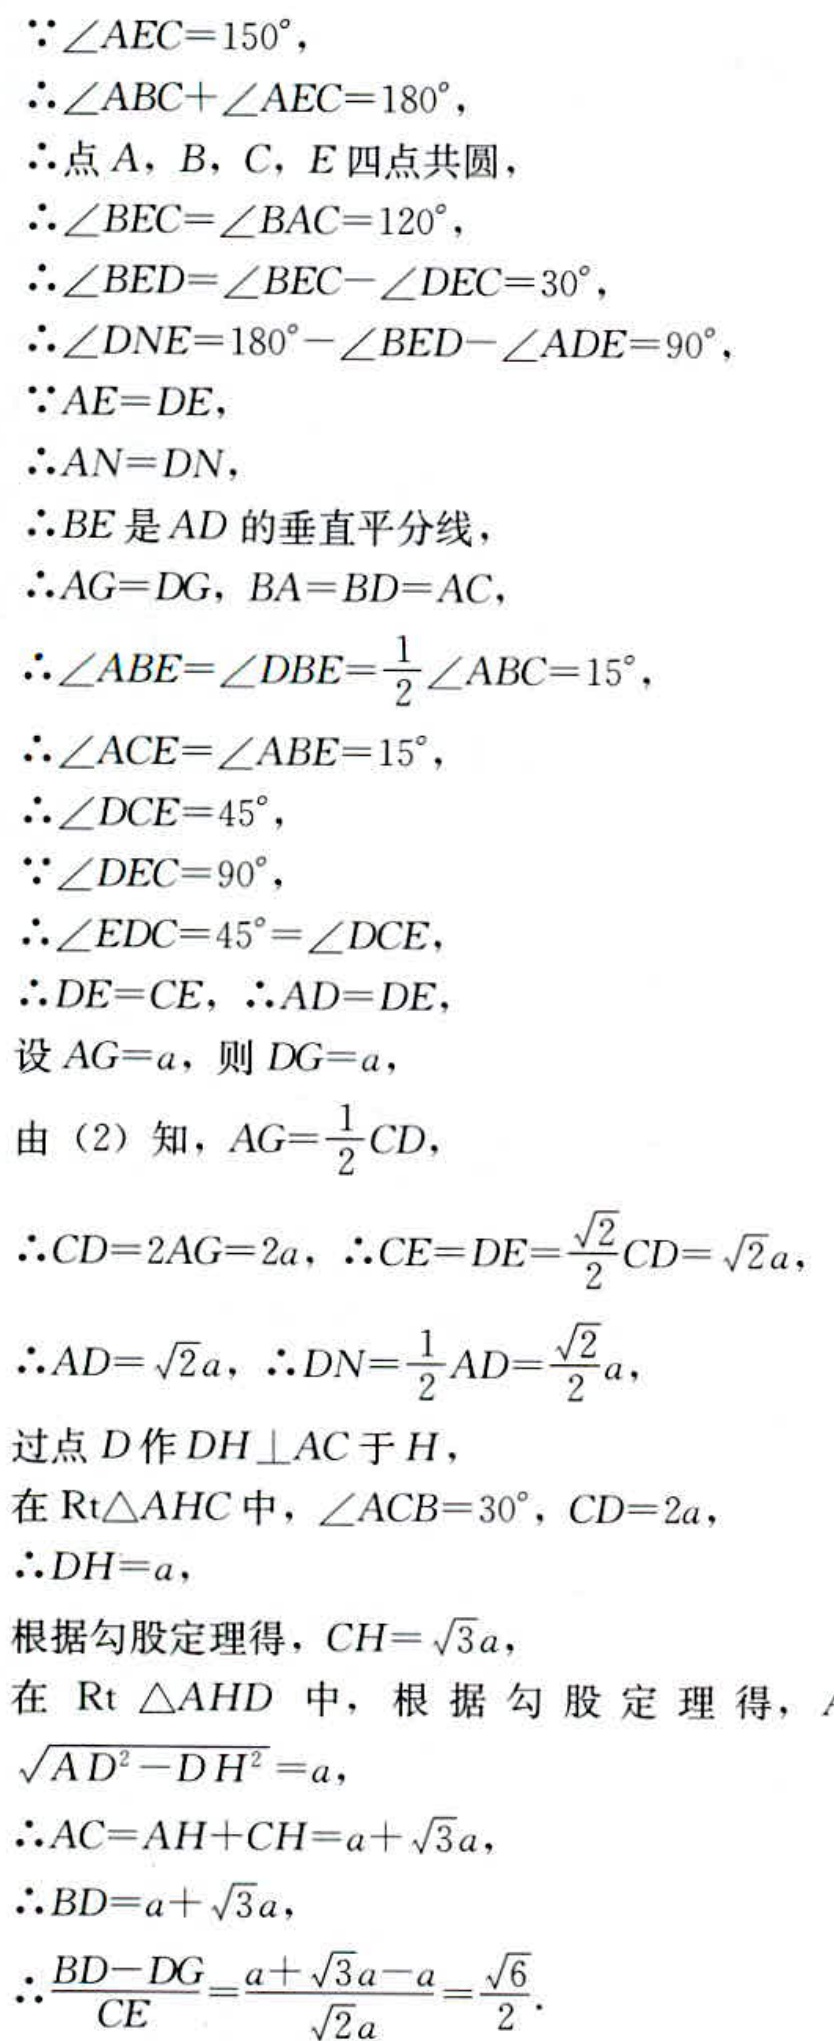
\(\because\angle AEC = 150^{\circ}\),
\(\therefore\angle ABC+\angle AEC = 180^{\circ}\),
\(\therefore\)点\(A\), \(B\), \(C\), \(E\)四点共圆,
\(\therefore\angle BEC=\angle BAC = 120^{\circ}\),
\(\therefore\angle BED=\angle BEC - \angle DEC = 30^{\circ}\),
\(\therefore\angle DNE = 180^{\circ}-\angle BED-\angle ADE = 90^{\circ}\),
\(\because AE = DE\),
\(\therefore AN = DN\),
\(\therefore BE\)是\(AD\)的垂直平分线,
\(\therefore AG = DG\), \(BA = BD = AC\),
\(\therefore\angle ABE=\angle DBE=\frac{1}{2}\angle ABC = 15^{\circ}\),
\(\therefore\angle ACE=\angle ABE = 15^{\circ}\),
\(\therefore\angle DCE = 45^{\circ}\),
\(\because\angle DEC = 90^{\circ}\),
\(\therefore\angle EDC = 45^{\circ}=\angle DCE\),
\(\therefore DE = CE\), \(\therefore AD = DE\),
设\(AG = a\), 则\(DG = a\),
由（2）知, \(AG=\frac{1}{2}CD\),
\(\therefore CD = 2AG = 2a\), \(\therefore CE = DE=\frac{\sqrt{2}}{2}CD=\sqrt{2}a\),
\(\therefore AD=\sqrt{2}a\), \(\therefore DN=\frac{1}{2}AD=\frac{\sqrt{2}}{2}a\),
过点\(D\)作\(DH\perp AC\)于\(H\),
在\(\text{Rt}\triangle AHC\)中, \(\angle ACB = 30^{\circ}\), \(CD = 2a\),
\(\therefore DH = a\),
根据勾股定理得, \(CH=\sqrt{3}a\),
在\(\text{Rt}\triangle AHD\)中, 根据勾股定理得, \(\sqrt{AD^{2}-DH^{2}} = a\),
\(\therefore AC = AH + CH = a+\sqrt{3}a\),
\(\therefore BD = a+\sqrt{3}a\),
\(\therefore\frac{BD - DG}{CE}=\frac{a+\sqrt{3}a - a}{\sqrt{2}a}=\frac{\sqrt{6}}{2}\).